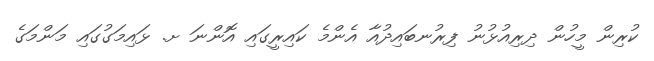
ކުރިން މީހުން ދިރިއުޅުނު ފިރުނބައިދުއާ އެންމެ ކައިރީގައި އޮންނަ ށ. ޅައިމަގުގައި މަންމަގެ